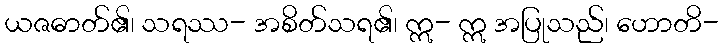
ယဇဓာတ်၏၊ သရဿ- အစိတ်သရ၏၊ ဣ- ဣ အပြုသည်၊ ဟောတိ-